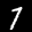
Label: 7